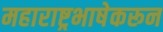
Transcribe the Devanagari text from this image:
महाराष्ट्रभाषेकरून